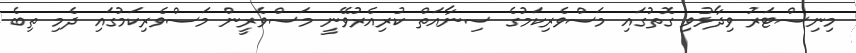
މިނިސްޓަރު ވިދާޅުވި ގޮތުގައި މަސްވެރިކަމުގެ ސިނާއަތް ކުރިއެރުވޭނީ މަސްވެރީން މަސްވެރިކަމުގައި ދެމި ތިބެ